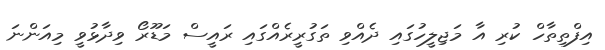
އިފްތިތާހް ކުރި އާ މަޖިލީހުގައި ދެއްވި ތަގުރީރެއްގައި ރައީސް މަޑޫރޯ ވިދާޅުވީ މިއަންނަ